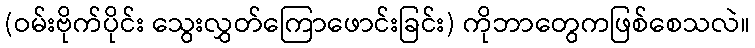
(ဝမ်းဗိုက်ပိုင်း သွေးလွှတ်ကြောဖောင်းခြင်း) ကိုဘာတွေကဖြစ်စေသလဲ။